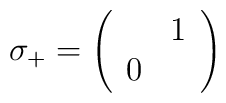
\sigma _{+}=\left( \begin{array}{cc} & 1\\0 & \end{array}\right)